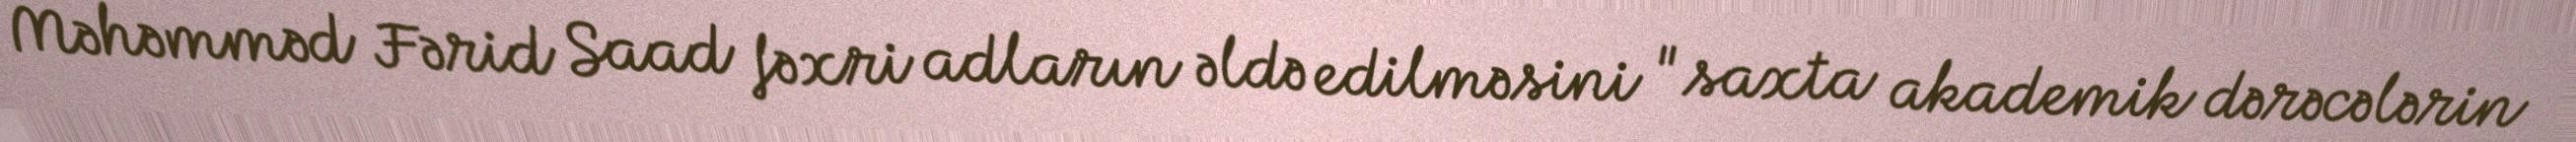
Məhəmməd Fərid Saad fəxri adların əldə edilməsini "saxta akademik dərəcələrin